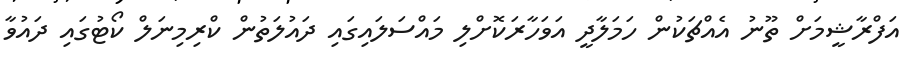
އަފްރާޝީމަށް ތޫނު އެއްޗަކުން ހަމަލާދީ އަވަހާރަކޮށްލި މައްސަލައިގައި ދައުލަތުން ކްރިމިނަލް ކޯޓުގައި ދައުވާ